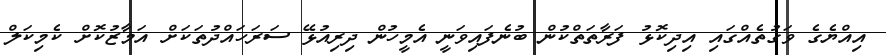
އިއްޔެގެ ވަގުތެއްގައި އިދިކޮޅު ފަރާތަތްކުން ބުނެފައިވަނީ އެމީހުން ދިރިއުޅޭ ސަރަހައްދުތަކަށް އަމާޒުކޮށް ކެމިކަލް